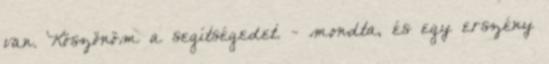
van. Köszönöm a segítségedet. - mondta, és egy erszény